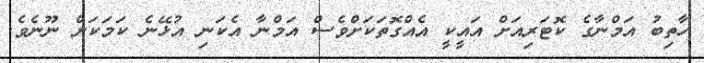
ހާތިބު އަމްނާގެ ކޮޓަރިއަށް އައީކީ އެއްގޮތަކަށްވެސް އަމްނާ އެކަނި އުޅޭނެ ކަމަކަށް ނޫނެވެ.